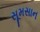
સૂમસાન